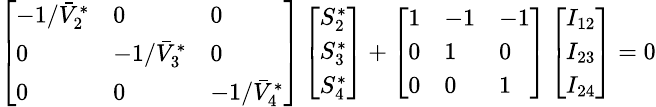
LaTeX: \begin{array}{r}{\small\left[\begin{array}{lll}{-1/\bar{V}_{2}^{*}}&{0}&{0}\\ {0}&{-1/\bar{V}_{3}^{*}}&{0}\\ {0}&{0}&{-1/\bar{V}_{4}^{*}}\end{array}\right]\left[\begin{array}{l}{S_{2}^{*}}\\ {S_{3}^{*}}\\ {S_{4}^{*}}\end{array}\right]+\left[\begin{array}{lll}{1}&{-1}&{-1}\\ {0}&{1}&{0}\\ {0}&{0}&{1}\end{array}\right]\left[\begin{array}{l}{I_{12}}\\ {I_{23}}\\ {I_{24}}\end{array}\right]=0}\end{array}